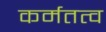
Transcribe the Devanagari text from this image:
कर्मतत्व